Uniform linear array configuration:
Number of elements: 24
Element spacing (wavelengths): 0.25
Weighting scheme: hann
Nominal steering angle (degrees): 60
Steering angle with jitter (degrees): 58.465
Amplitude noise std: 0.05
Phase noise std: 0.05

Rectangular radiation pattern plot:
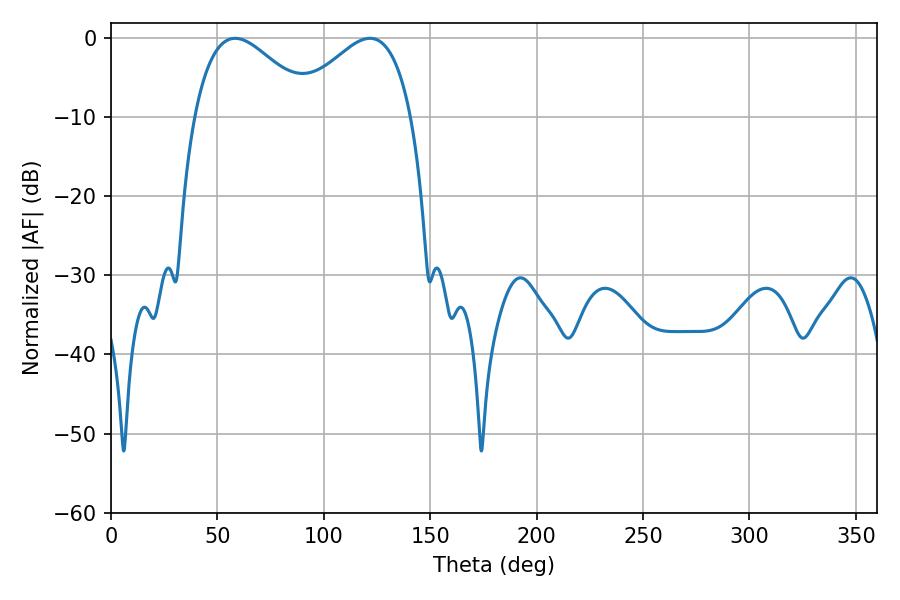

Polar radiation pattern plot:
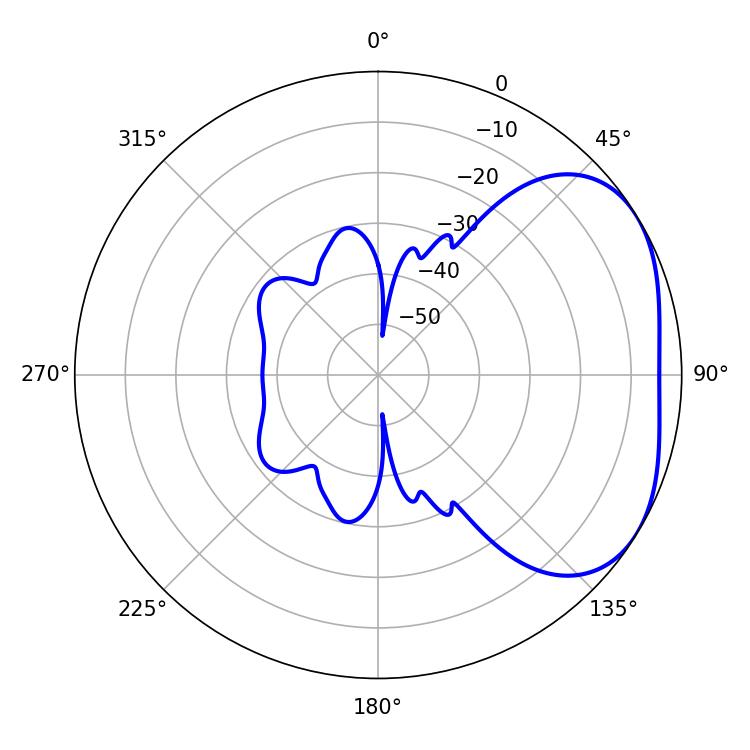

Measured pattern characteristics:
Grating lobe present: FALSE
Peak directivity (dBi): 3.156
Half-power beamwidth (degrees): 30.42
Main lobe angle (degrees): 58.32